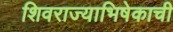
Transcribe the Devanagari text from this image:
शिवराज्याभिषेकाची